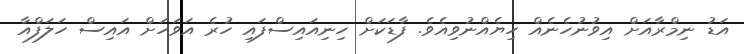
އަޑު ނިމްރާއަށް އިވުނުހެނެއް ހިޔެއްނުވިއެވެ. ފާޑަކަށް ހިނިއައިސްފައި ހުރެ އަވަހަށް އައިސް ހަލަފްއާ